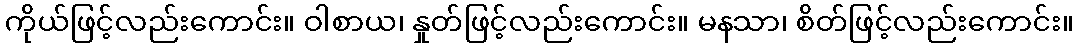
ကိုယ်ဖြင့်လည်းကောင်း။ ဝါစာယ၊ နှုတ်ဖြင့်လည်းကောင်း။ မနသာ၊ စိတ်ဖြင့်လည်းကောင်း။